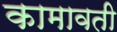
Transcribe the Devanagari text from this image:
कामावती